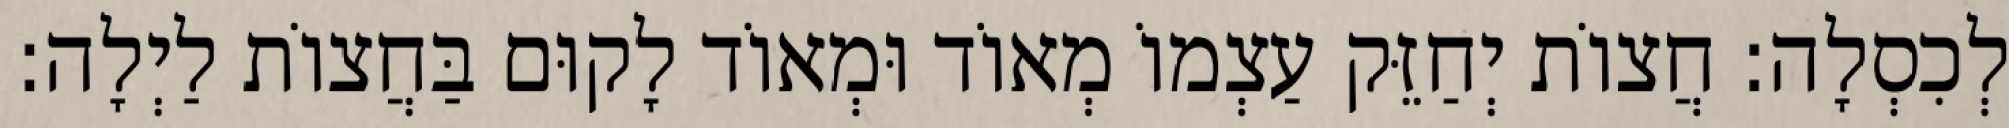
לְכִסְלָה: חֲצוֹת יְחַזֵּק עַצְמוֹ מְאוֹד וּמְאוֹד לָקוּם בַּחֲצוֹת לַיְלָה: